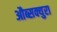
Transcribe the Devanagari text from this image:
औब्सक्युरा